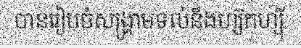
បានរៀបចំសង្គ្រាមទល់នឹងហ្ស៊កហ្ស៊ី